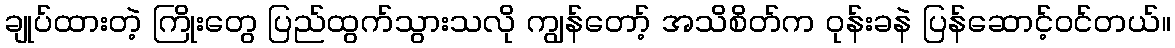
ချုပ်ထားတဲ့ ကြိုးတွေ ပြည်ထွက်သွားသလို ကျွန်တော့် အသိစိတ်က ဝုန်းခနဲ ပြန်ဆောင့်ဝင်တယ်။